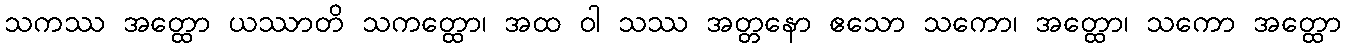
သကဿ အတ္ထော ယဿာတိ သကတ္ထော၊ အထ ဝါ သဿ အတ္တနော ဧသော သကော၊ အတ္ထော၊ သကော အတ္ထော